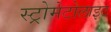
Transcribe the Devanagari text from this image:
स्ट्रोमेटोलाइट